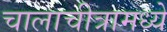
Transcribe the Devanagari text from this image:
चालाचीत्रामध्ये